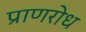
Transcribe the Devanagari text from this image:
प्राणरोध